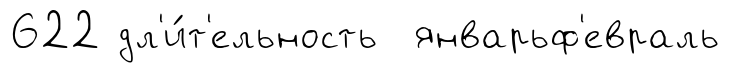
622 дл'и́т'ельность январьф'евраль